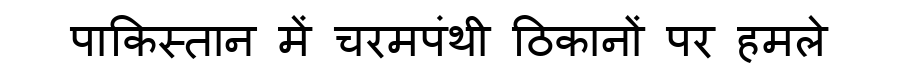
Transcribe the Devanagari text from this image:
पाकिस्तान में चरमपंथी ठिकानों पर हमले